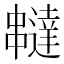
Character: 𠁺